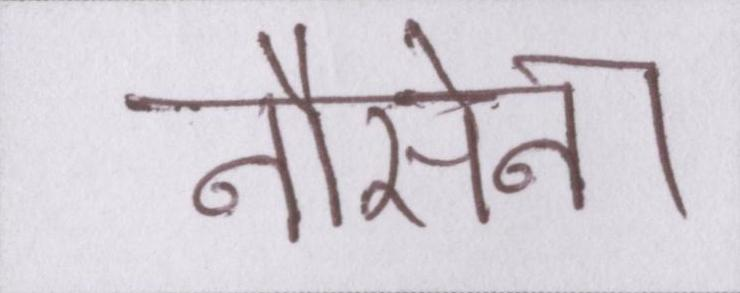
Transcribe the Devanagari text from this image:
नौसेना